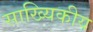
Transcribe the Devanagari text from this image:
साख्यिकीय